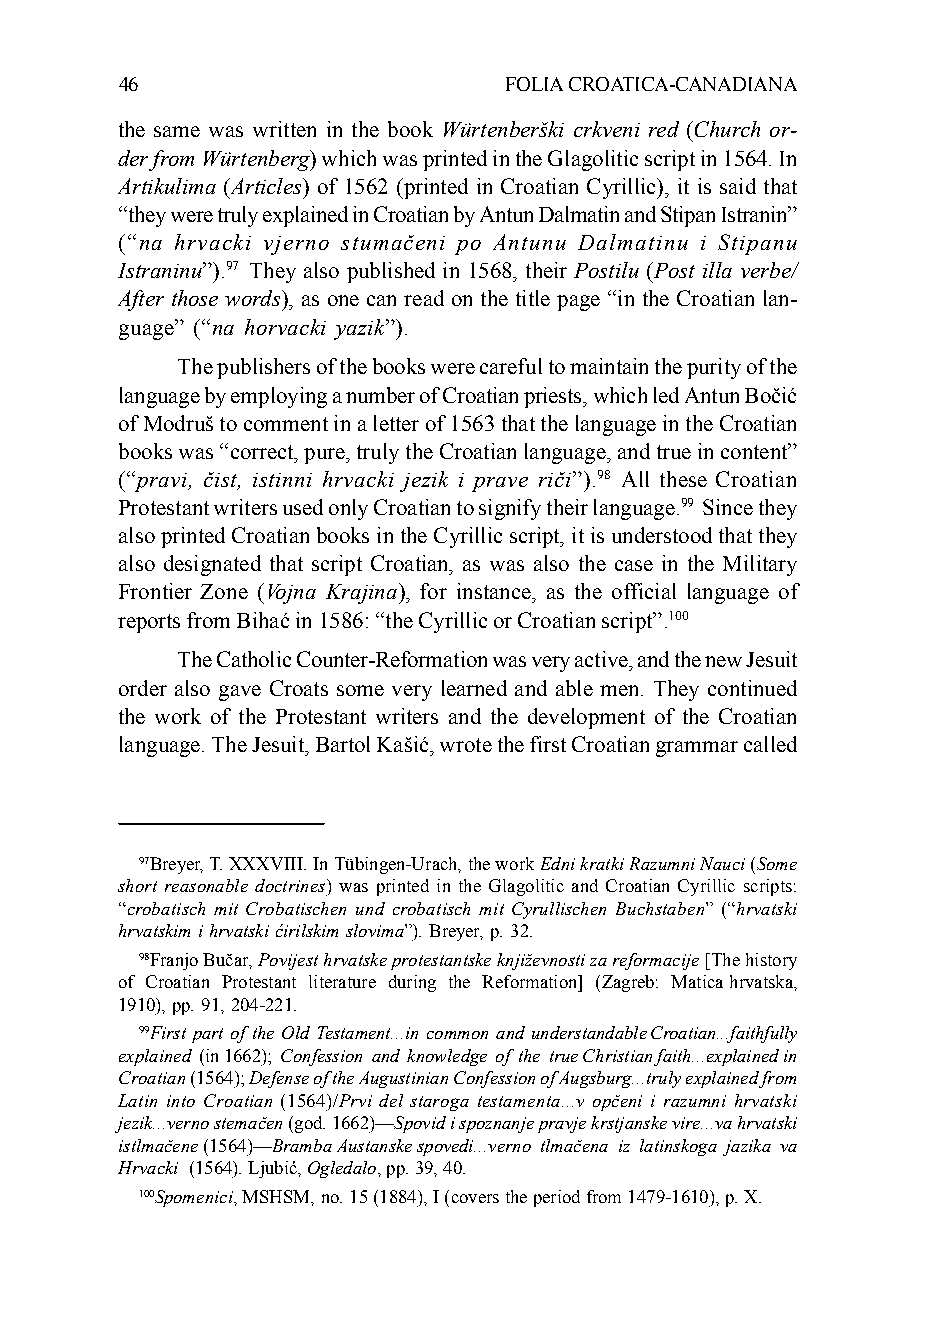
46                       FOLIA CROATICA-CANADIANA
 the same was written in the book Würtenberški crkveni red (Church or-
 der from Würtenberg) which was printed in the Glagolitic script in 1564. In
 Artikulima (Articles) of 1562 (printed in Croatian Cyrillic), it is said that
 “they were truly explained in Croatian by Antun Dalmatin and Stipan Istranin”
 (“na hrvacki vjerno stumačeni po Antunu Dalmatinu i Stipanu
 Istraninu”).97 They also published in 1568, their Postilu (Post illa verbe/
 After those words), as one can read on the title page “in the Croatian lan-
 guage” (“na horvacki yazik”).
 The publishers of the books were careful to maintain the purity of the
 language by employing a number of Croatian priests, which led Antun Bočić
 of Modruš to comment in a letter of 1563 that the language in the Croatian
 books was “correct, pure, truly the Croatian language, and true in content”
 (“pravi, čist, istinni hrvacki jezik i prave riči”).98 All these Croatian
 Protestant writers used only Croatian to signify their language.99 Since they
 also printed Croatian books in the Cyrillic script, it is understood that they
 also designated that script Croatian, as was also the case in the Military
 Frontier Zone (Vojna Krajina), for instance, as the official language of
 reports from Bihać in 1586: “the Cyrillic or Croatian script”.100
 The Catholic Counter-Reformation was very active, and the new Jesuit
 order also gave Croats some very learned and able men. They continued
 the work of the Protestant writers and the development of the Croatian
 language. The Jesuit, Bartol Kašić, wrote the first Croatian grammar called
 97Breyer, T. XXXVIII. In Tübingen-Urach, the work Edni kratki Razumni Nauci (Some
 short reasonable doctrines) was printed in the Glagolitic and Croatian Cyrillic scripts:
 “crobatisch mit Crobatischen und crobatisch mit Cyrullischen Buchstaben” (“hrvatski
 hrvatskim i hrvatski ćirilskim slovima”). Breyer, p. 32.
 98Franjo Bučar, Povijest hrvatske protestantske književnosti za reformacije [The history
 of Croatian Protestant literature during the Reformation] (Zagreb: Matica hrvatska,
 1910), pp. 91, 204-221.
 99First part of the Old Testament...in common and understandable Croatian...faithfully
 explained (in 1662); Confession and knowledge of the true Christian faith...explained in
 Croatian (1564); Defense of the Augustinian Confession of Augsburg...truly explained from
 Latin into Croatian (1564)/Prvi del staroga testamenta...v opčeni i razumni hrvatski
 jezik...verno stemačen (god. 1662)—Spovid i spoznanje pravje krstjanske vire...va hrvatski
 istlmačene (1564)—Bramba Austanske spovedi...verno tlmačena iz latinskoga jazika va
 Hrvacki (1564). Ljubić, Ogledalo, pp. 39, 40.
 100Spomenici, MSHSM, no. 15 (1884), I (covers the period from 1479-1610), p. X.